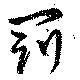
罰